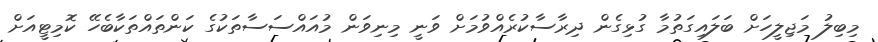
މިބިލު މަޖިލީހަށް ބަލައިގަތުމާ ގުޅިގެން ދިރާސާކުރެއްވުމަށް ވަނީ މިނިވަން މުއައްސަސާތަކުގެ ކަންތައްތަކާބެހޭ ކޮމިޓީއަށް